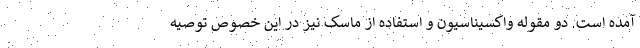
آمده است. دو مقوله واکسیناسیون و استفاده از ماسک نیز در این خصوص توصیه